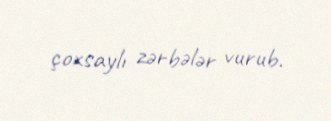
çoxsaylı zərbələr vurub.